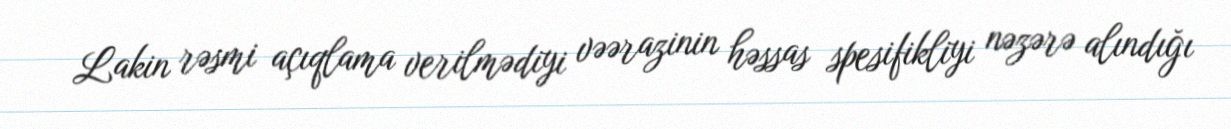
Lakin rəsmi açıqlama verilmədiyi vəərazinin həssas spesifikliyi nəzərə alındığı